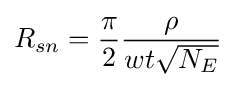
R_{sn}={\frac {\pi }{2}}{\frac {\rho }{wt{\sqrt {N_{E}}}}}